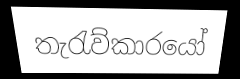
තැරැව්කාරයෝ